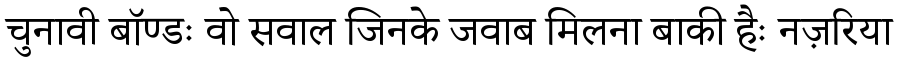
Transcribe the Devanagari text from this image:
चुनावी बॉण्डः वो सवाल जिनके जवाब मिलना बाकी हैः नज़रिया